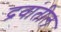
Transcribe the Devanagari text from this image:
द्रवांतील